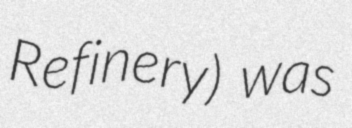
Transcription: Refinery) was